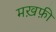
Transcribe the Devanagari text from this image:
मख़फ़ी